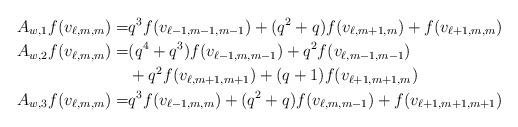
LaTeX: \begin{align*}A_{w,1}f(v_{\ell,m,m})=&q^3f(v_{\ell-1,m-1,m-1})+(q^2+q)f(v_{\ell,m+1,m})+f(v_{\ell+1,m,m})\\A_{w,2}f(v_{\ell,m,m})=&(q^4+q^3)f(v_{\ell-1,m,m-1})+q^2f(v_{\ell,m-1,m-1})\\&+q^2f(v_{\ell,m+1,m+1})+(q+1)f(v_{\ell+1,m+1,m})\\A_{w,3}f(v_{\ell,m,m})=&q^3f(v_{\ell-1,m,m})+(q^2+q)f(v_{\ell,m,m-1})+f(v_{\ell+1,m+1,m+1})\end{align*}